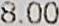
8.00